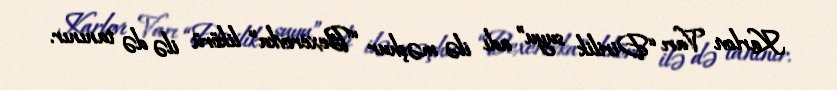
Karlovı Varı “Dirilik suyu” adı ilə məşhur “Bexerovka” likörü ilə də tanınır.